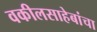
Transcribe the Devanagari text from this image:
वकीलसाहेबांचा